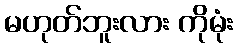
မဟုတ်ဘူးလား ကိုမုံး